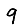
Digit: 9